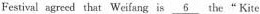
Festival agreed that Weifang is the " Kite